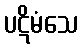
ပဋိမံသေ